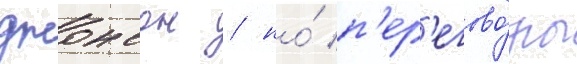
джонсон / но́ п'ер'егово́ры